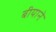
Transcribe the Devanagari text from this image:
बीयाने